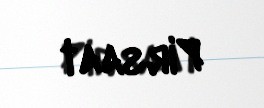
Pirsaat